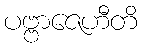
ပဗ္ဗာဇေဟီတိ